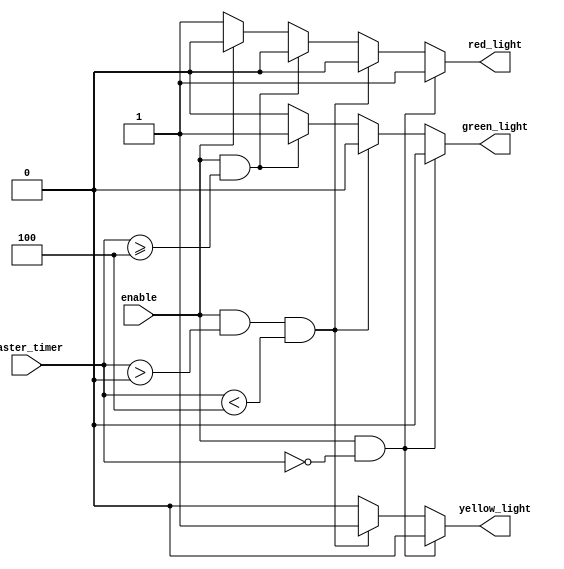
module traffic_light(
	enable,
	master_timer,
	green_light,
	yellow_light,
	red_light
);

//-------------Input Ports-----------------------------
input enable;
input [6:0] master_timer;

//-------------Output Ports----------------------------
output green_light;
output yellow_light;
output red_light;

//-------------Input ports Data Type------------------- 
wire [6:0] master_timer;
wire       enable;

//-------------Output Ports Data Type------------------
reg green_light;
reg yellow_light;
reg red_light;

//------------Output Statments-------------------------
always @ (enable or master_timer) begin
	green_light <= 0;
	yellow_light <= 0;
	red_light <= 0;

	// If a traffic light is not enabled then it is red
	if(!enable) begin
		green_light  <= 0;
		yellow_light <= 0;
		red_light    <= 1;
	end

	// While the master timer is above 4 seconds it is green
	if(enable && (master_timer >= 4)) begin
		green_light  <= 1;
		yellow_light <= 0;
		red_light    <= 0;
	end

	// While the master timer is between 1 and 15 seconds the
	// light is yellow
	if(enable && (master_timer > 0) && (master_timer < 4)) begin
		green_light  <= 0;
		yellow_light <= 1;
		red_light    <= 0;
	end

	// While the master time is 0 then the light is red
	if(enable && (master_timer == 0)) begin
		green_light  <= 0;
		yellow_light <= 0;
		red_light    <= 1;
	end
end

endmodule